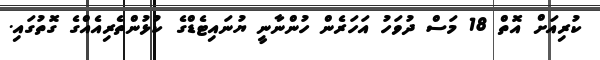
ކުރިއަށް އޮތް 18 މަސް ދުވަހު އަަހަރެން ހުންނާނީ ޔުނައިޓެޑްގެ ކުޅުންތެރިއެއްގެ ގޮތުގައި.